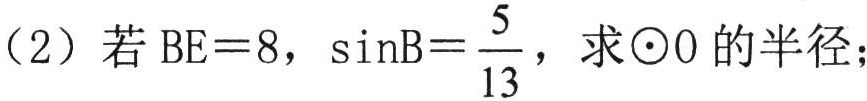
（2）若\(BE = 8\)，\(\sin B=\dfrac{5}{13}\)，求\(\odot O\) 的半径；